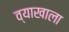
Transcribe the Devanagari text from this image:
व्‍याखाला